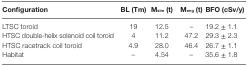
| Configuration | BL (Tm) | Msim (t) | Meng (t) | BFO (cSv/y) |
 | --- | --- | --- | --- | --- |
 | LTSC toroid | 19 | 12.5 | – | 19.2 ± 1.1 |
 | HTSC double-helix solenoid coil toroid | 4 | 11.2 | 47.2 | 29.3 ± 2.3 |
 | HTSC racetrack coil toroid | 4.9 | 28.0 | 46.4 | 26.7 ± 1.1 |
 | Habitat | – | 4.54 | – | 35.6 ± 1.8 |